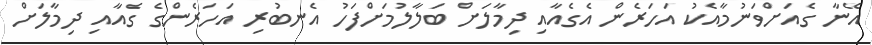
އޭނާ ގެއަށްވަނުމާއެކު އަހަރެން އެގެއާއި ދިމާލަށް ބަލާލުމަށްފަހު އެނބުރި އަހަރެންގެ ގެއާއި ދިމާލަށް